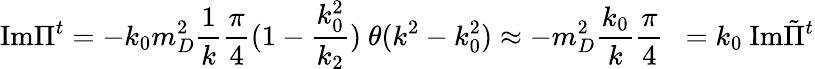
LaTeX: {\mathrm{Im}}\Pi^{t}=-k_{0}m_{D}^{2}{\frac{1}{k}}{\frac{\pi}{4}}(1-{\frac{k_{0}^{2}}{k_{2}}})\ \theta(k^{2}-k_{0}^{2})\approx-m_{D}^{2}{\frac{k_{0}}{k}}{\frac{\pi}{4}}\ \ =k_{0}\ {\mathrm{Im}}{\tilde{\Pi}}^{t}